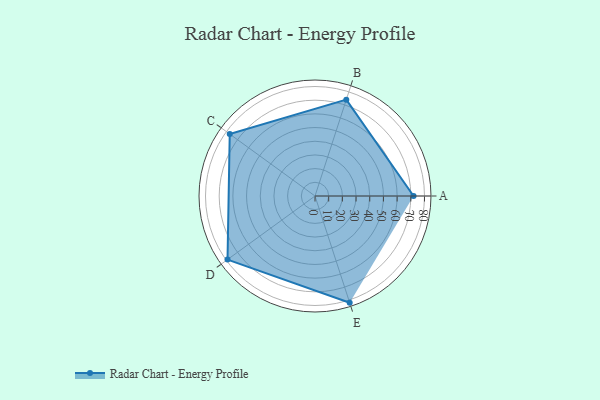
{"axis": {"x": "Skill", "y": "Score"}, "legend": ["Profile"], "data": [{"x": "A", "y": 72.0, "type": "Profile"}, {"x": "B", "y": 74.0, "type": "Profile"}, {"x": "C", "y": 77.0, "type": "Profile"}, {"x": "D", "y": 79.0, "type": "Profile"}, {"x": "E", "y": 82.0, "type": "Profile"}]}